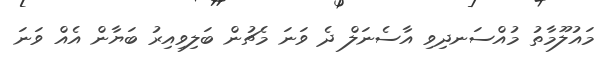
މައުލޫމާތު މުއްސަނދިވި އާސެނަލް ދެ ވަނަ މެޗުން ބަލިވިއިރު ބަޔާން އެއް ވަނަ